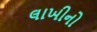
લાખીનો